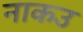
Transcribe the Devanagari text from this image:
नाकउ